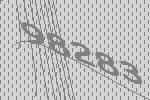
98283